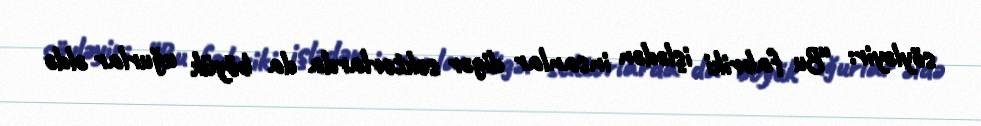
söyləyir: “Bu fabriki işlədən insanlar digər sektorlarda da böyük uğurlar əldə